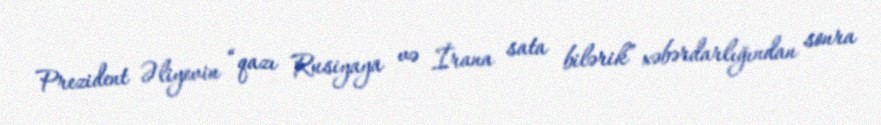
Prezident Əliyevin “qazı Rusiyaya və İrana sata bilərik” xəbərdarlığından sonra